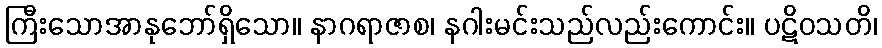
ကြီးသောအာနုဘော်ရှိသော။ နာဂရာဇာစ၊ နဂါးမင်းသည်လည်းကောင်း။ ပဋိဝသတိ၊